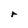
Character: r